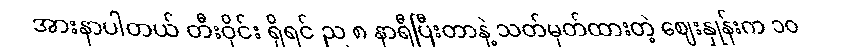
အားနာပါတယ် တီးဝိုင်း ရှိရင် ည ၈ နာရီပြီးတာနဲ့ သတ်မှတ်ထားတဲ့ ဈေးနှုန်းက ၁၀